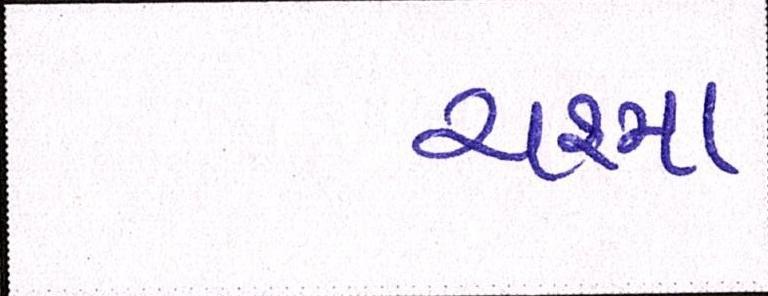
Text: ચશ્મા